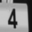
Digit: 4